65_HS1-834228961_62-HQ-83894_Section_1
Agency: FBI
Page 76
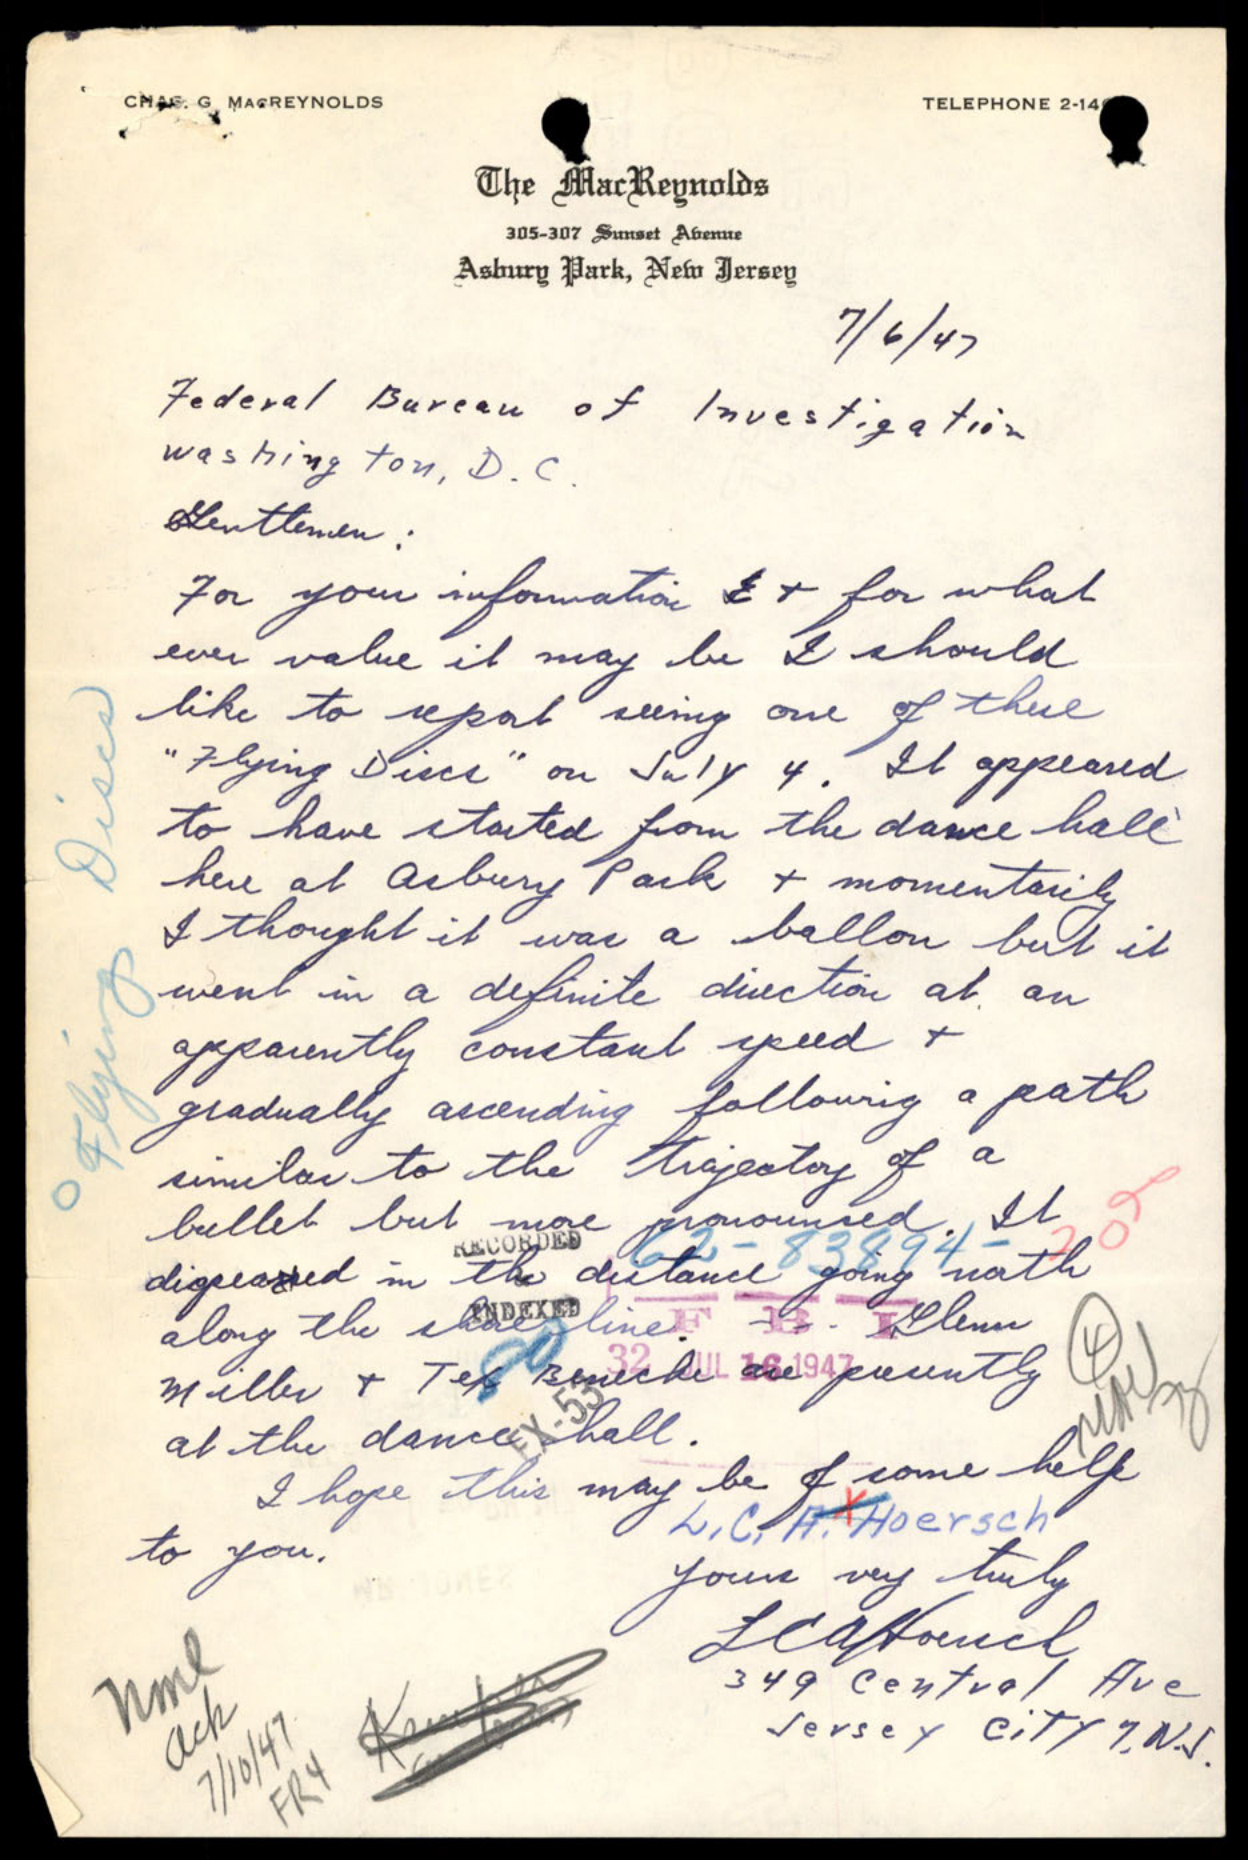